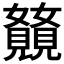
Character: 𫌥